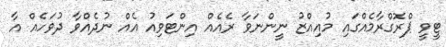
ޓީވީ ޕްރޮގްރާމެއްގައި މުއިއްޒު ނީންނަވާ ރެއެއް އިންޓަވިއު އެއް ނުދެއްވާ ދުވަހެއް އާ